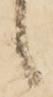
候